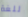
للغة